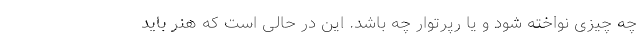
چه چیزی نواخته شود و یا رپرتوار چه باشد. این در حالی است که هنر باید